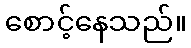
စောင့်နေသည်။